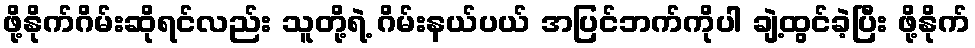
ဖို့နိုက်ဂိမ်းဆိုရင်လည်း သူတို့ရဲ့ ဂိမ်းနယ်ပယ် အပြင်ဘက်ကိုပါ ချဲ့ထွင်ခဲ့ပြီး ဖို့နိုက်